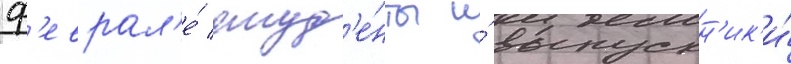
ф'еврал'е́ студ'е́нты и́ выпускн'ик'и́